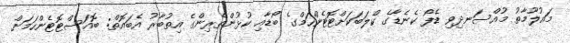
މައުލޫމާތު މުއްސަނދިވި ޑެފޯ ކެނެޑާގެ ކްލަބަކަށްޓޮޓެންހަމްގެ ބޯޑާއި ކުޅުންތެރިންގެ އިތުބާރު އެބައޮތް: ބޮއަސްޓޮޓެންހަމަށް